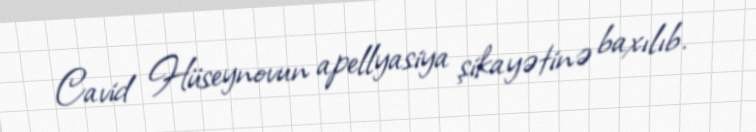
Cavid Hüseynovun apellyasiya şikayətinə baxılıb.